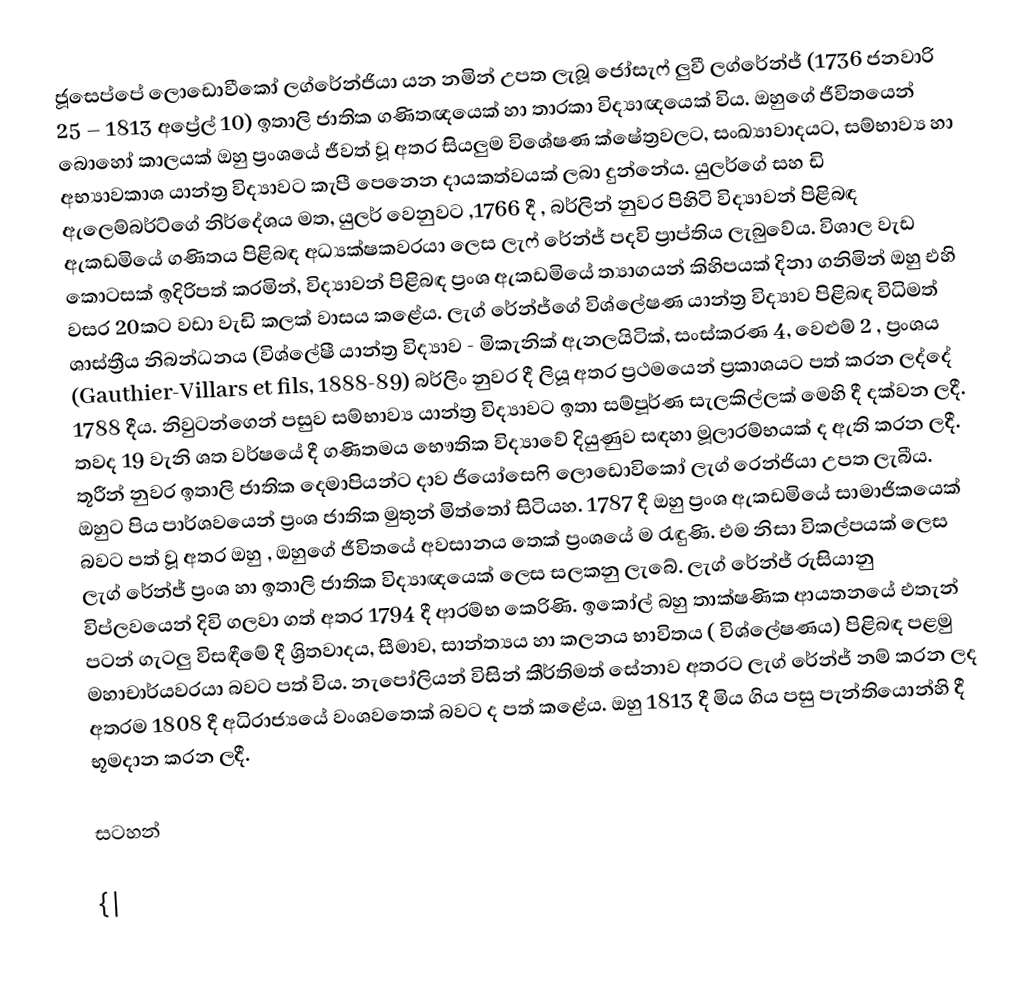
ජූසෙප්පේ ලොඩොවීකෝ ලග්රේන්ජියා යන නමින් උපත ලැබූ ජෝසැෆ් ලුවී ලග්රේන්ජ් (1736 ජනවාරි 25 – 1813 අප්‍රේල් 10) ඉතාලි ජාතික ගණිතඥයෙක් හා තාරකා විද්‍යාඥයෙක් විය. ඔහුගේ ජීවිතයෙන් බොහෝ කාලයක් ඔහු ප්‍රංශයේ ජීවත් වූ අතර සියලුම විශේෂණ ක්ෂේත්‍රවලට, සංඛ්‍යාවාදයට, සම්භාව්‍ය හා අභ්‍යාවකාශ යාන්ත්‍ර විද්‍යාවට කැපී පෙනෙන දායකත්වයක් ලබා දුන්නේය. යුලර්ගේ සහ ඩි ඇලෙම්බර්ට්ගේ නිර්දේශය මත, යුලර් වෙනුවට ,1766 දී , බර්ලින් නුවර පිහිටි විද්‍යාවන් පිළිබඳ ඇකඩමියේ ගණිතය පිළිබඳ අධ්‍යක්ෂකවරයා ලෙස ලැෆ් රේන්ජ් පදවි ප්‍රාප්තිය ලැබුවේය. විශාල වැඩ කොටසක් ඉදිරිපත් කරමින්, විද්‍යා‍වන් පිළිබඳ ප්‍රංශ ඇකඩමියේ ත්‍යාගයන් කිහිපයක් දිනා ගනිමින් ඔහු එහි වසර 20කට වඩා වැඩි කලක් වාසය කළේය. ලැග් රේන්ජ්ගේ විශ්ලේෂණ යාන්ත්‍ර විද්‍යාව පිළිබඳ විධිමත් ශාස්ත්‍රීය නිබන්ධනය (විශ්ලේෂී යාන්ත්‍ර විද්‍යාව - මිකැනික් ඇනලයිටික්, සංස්කරණ 4, වෙළුම් 2 , ප්‍රංශය (Gauthier-Villars et fils, 1888-89) බර්ලිං නුවර දී ලියූ අතර ප්‍රථමයෙන් ප්‍රකාශයට පත් කරන ලද්දේ 1788 දීය. නිවුටන්ගෙන් පසුව සම්භාව්‍ය යාන්ත්‍ර විද්‍යාවට ඉතා සම්පූර්ණ සැලකිල්ලක් මෙහි දී දක්වන ලදී. තවද 19 වැනි ශත වර්ෂයේ දී ගණිතමය භෞතික විද්‍යාවේ දියුණුව සඳහා මූලාරම්භයක් ද ඇති කරන ලදී. තූරීන් නුවර ඉතාලි ජාතික දෙමාපියන්ට දාව ජියෝසෙෆි ලොඩොවිකෝ ලැග් රෙන්ජියා උපත ලැබීය. ඔහුට පිය පාර්ශවයෙන් ප්‍රංශ ජාතික මුතුන් මිත්තෝ සිටියහ. 1787 දී ඔහු ප්‍රංශ ඇකඩමියේ සාමාජිකයෙක් බවට පත් වූ අතර ඔහු , ඔහුගේ ජීවිතයේ අවසානය තෙක් ප්‍රංශයේ ම රැඳුණි. එම නිසා විකල්පයක් ලෙස ලැග් රේන්ජ් ප්‍රංශ හා ඉතාලි ජාතික විද්‍යාඥයෙක් ලෙස සලකනු ලැබේ. ලැග් රේන්ජ් රුසියානු විප්ලවයෙන් දිවි ගලවා ගත් අතර 1794 දී ආරම්භ කෙරිණි. ඉකෝල් බහු තාක්ෂණික ආයතනයේ එතැන් පටන් ගැටලු විසඳීමේ දී ශ්‍රිතවාදය, සීමාව, සාන්ත්‍යය හා කලනය භාවිතය ( විශ්ලේෂණය) පිළිබඳ පළමු මහාචාර්යවරයා බවට පත් විය. නැපෝලියන් විසින් කීර්තිමත් සේනාව අතරට ලැග් රේන්ජ් නම් කරන ලද අතරම 1808 දී අධිරාජ්‍යයේ වංශවතෙක් බවට ද පත් කළේය. ඔහු 1813 දී මිය ගිය පසු පැන්තියොන්හි දී භූමදාන කරන ලදී.

සටහන්

{|